Report of veterinary surgeon J.H. Steel, A.V.D., on his investigation into an obscure and fatal disease among transport mules in British Burma
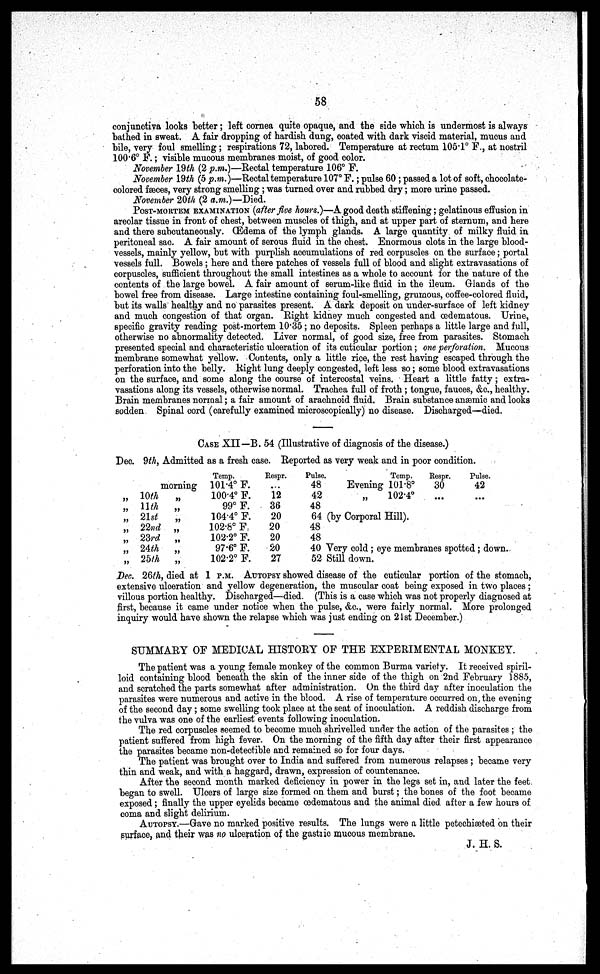
58
conjunctiva looks better; left cornea quite opaque, and the side which is undermost is always
bathed in sweat. A fair dropping of hardish dung, coated with dark viscid material, mucus and
bile, very foul smelling; respirations 72, labored. Temperature at rectum 105.1° F., at nostril
100.6° F.; visible mucous membranes moist, of good color.
November 19th (2 p.m.)—Rectal temperature 106° F.
November 19th (5 p.m.)—Rectal temperature 107° F.; pulse 60 ; passed a lot of soft, chocolate-
colored faeces, very strong smelling; was turned over and rubbed dry; more urine passed.
November 20th (2 a.m.)—Died.
POST-MORTEM EXAMINATION (after five hours.)—A good death stiffening; gelatinous effusion in
areolar tissue in front of chest, between muscles of thigh, and at upper part of sternum, and here
and there subcutaneously. (Edema of the lymph glands. A large quantity of milky fluid in
peritoneal sac A fair amount of serous fluid in the chest. Enormous clots in the large blood-
vessels, mainly yellow, but with purplish accumulations of red corpuscles on the surfaoe; portal
vessels full. Bowels ; here and there patches of vessels full of blood and slight extravasations of
corpuscles, sufficient throughout the small intestines as a whole to account for the nature of the
contents of the large bowel. A fair amount of serum-like fluid in the ileum. Glands of the
bowel free from disease. Large intestine containing foul-smelling, grumous, coffee-colored fluid,
but its walls healthy and no parasites present. A dark deposit on under-surface of left kidney
and much congestion of that organ. Right kidney much congested and cedematous. Urine,
specifio gravity reading post-mortem 10.35 ; no deposits. Spleen perhaps a little large and full,
otherwise no abnormality detected. Liver normal, of good size, free from parasites. Stomach
presented special and characteristic ulceration of its cuticular portion; one perforation. Mucous
membrane somewhat yellow. Contents, only a little rice, the rest having escaped through the
perforation into the belly. Right lung deeply congested, left less so; some blood extravasations
on the surface, and some along the course of intercostal veins. Heart a little fatty; extra-
vasations along its vessels, otherwise normal. Trachea full of froth ; tongue, fauces, &c, healthy.
Brain membranes normal; a fair amount of arachnoid fluid. Brain substance anaemic and looks
sodden Spinal cord (carefully examined microscopically) no disease. Discharged—died.
CASE XII—B. 54 (Illustrative of diagnosis of the disease.)
Dec. 9th,Admittedas a fresh case. Reported as very weak and in poor condition.
morning
„ 10th
„ 11th
„ 21st
„ 22nd
„ 23rd
„ 24th
„ 25th
„
„
„
„
„
„
„
Temp.
101.4° F.
100.4° F.
99° F.
104.4° F.
102.8° F
102.2° F.
97.6° F.
102.2° F.
Respr.
...
12
36
20
20
20
20
27
Pulse.
48
42
48
64
48
48
40
52
Evening
„
Temp.
101.8°
102.4°
(by Corporal Hill).
Respr.
30
Pulse.
42
....
Very cold ; eye membranes spotted; down.
Still down.
Dee. 26th, died at 1 P.M. AUTOPSY showed disease of the cuticular portion of the stomach,
extensive ulceration and yellow degeneration, the muscular coat being exposed in two places ;
villous portion healthy. Discharged—died. (This is a case which was not properly diagnosed at
first, because it came under notice when the pulse, &c, were fairly normal. More prolonged
inquiry would have shown the relapse which was just ending on 21st December.)
SUMMARY OF MEDICAL HISTORY OF THE EXPERIMENTAL MONKEY.
The patient was a young female monkey of the common Burma variety. It received spiril-
loid containing blood beneath the skin of the inner side of the thigh on 2nd February 1885,
and scratched the parts somewhat after administration. On the third day after inoculation the
parasites were numerous and active in the blood. A rise of temperature occurred on, the evening
of the second day ; some swelling took place at the seat of inoculation. A reddish discharge from
the vulva was one of the earliest events following inoculation.
The red corpuscles seemed to become much shrivelled under the action of the parasites ; the
patient suffered from high fever. On the morning of the fifth day after their first appearance
the parasites became non-detectible and remained so for four days.
The patient was brought over to India and suffered from numerous relapses ; became very
thin and weak, and with a haggard, drawn, expression of countenance.
After the second month marked deficiency in power in the legs set in, and later the feet
began to swell. Ulcers of large size formed on them and burst; the bones of the foot became
exposed; finally the upper eyelids became cedematous and the animal died after a few hours of
coma and slight delirium.
AUTOPSY.—Gave no marked positive results. The lungs were a little petechiæted on their
surface, and their was no ulceration of the gastric mucous membrane.
J. H. S.